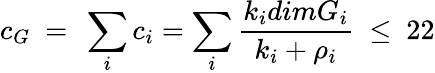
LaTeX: c_{G}\ =\ \sum_{i}c_{i}=\sum_{i}{\frac{k_{i}dimG_{i}}{k_{i}+\rho_{i}}}\ \leq\ 22